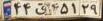
۴۴ق۴۵۱۲۹